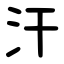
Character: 汗